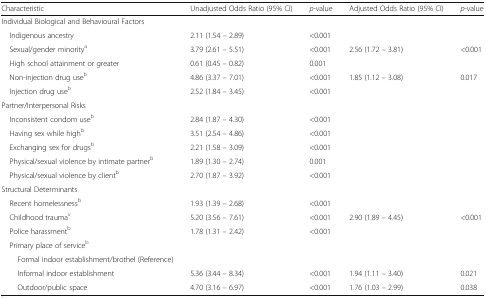
| Characteristic | Unadjusted Odds Ratio (95% CI) | p-value | Adjusted Odds Ratio (95% CI) | p-value |
 | --- | --- | --- | --- | --- |
 | <COLSPAN=5> Individual Biological and Behavioural Factors |
 | Indigenous ancestry | 2.11 (1.54 – 2.89) | <0.001 |  |  |
 | Sexual/gender minoritya | 3.79 (2.61 – 5.51) | <0.001 | 2.56 (1.72 – 3.81) | <0.001 |
 | High school attainment or greater | 0.61 (0.45 – 0.82) | 0.001 |  |  |
 | Non-injection drug useb | 4.86 (3.37 – 7.01) | <0.001 | 1.85 (1.12 – 3.08) | 0.017 |
 | Injection drug useb | 2.52 (1.84 – 3.45) | <0.001 |  |  |
 | <COLSPAN=5> Partner/Interpersonal Risks |
 | Inconsistent condom useb | 2.84 (1.87 – 4.30) | <0.001 |  |  |
 | Having sex while highb | 3.51 (2.54 – 4.86) | <0.001 |  |  |
 | Exchanging sex for drugsb | 2.21 (1.58 – 3.09) | <0.001 |  |  |
 | Physical/sexual violence by intimate partnerb | 1.89 (1.30 – 2.74) | 0.001 |  |  |
 | Physical/sexual violence by clientb | 2.70 (1.87 – 3.92) | <0.001 |  |  |
 | <COLSPAN=5> Structural Determinants |
 | Recent homelessnessb | 1.93 (1.39 – 2.68) | <0.001 |  |  |
 | Childhood traumav | 5.20 (3.56 – 7.61) | <0.001 | 2.90 (1.89 – 4.45) | <0.001 |
 | Police harassmentb | 1.78 (1.31 – 2.42) | <0.001 |  |  |
 | <COLSPAN=5> Primary place of serviceb |
 | Formal indoor establishment/brothel (Reference) |  |  |  |  |
 | Informal indoor establishment | 5.36 (3.44 – 8.34) | <0.001 | 1.94 (1.11 – 3.40) | 0.021 |
 | Outdoor/public space | 4.70 (3.16 – 6.97) | <0.001 | 1.76 (1.03 – 2.99) | 0.038 |